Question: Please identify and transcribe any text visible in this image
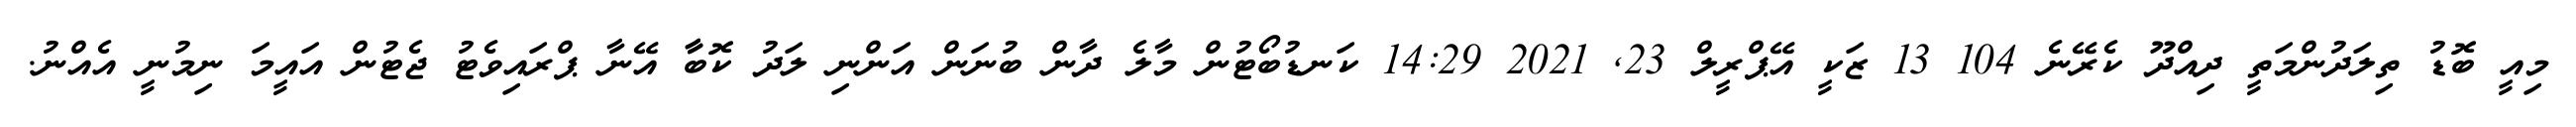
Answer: މިއީ ބޮޑު ތިލަދުންމަތީ ދިއްދޫ ކެރޭނެ 104 13 ޒަކީ އޭޕްރީލް 23, 2021 14:29 ކަނޑުބޯޓުން މާލެ ދާން ބުނަން އަންނި ލަދު ކޮބާާ އޭނާ ޕްރައިވެޓު ޖެޓުން އައީމަ ނިމުނީ އެއްނު.